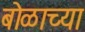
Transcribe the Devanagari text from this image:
बोळाच्या